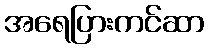
အရေပြားကင်ဆာ